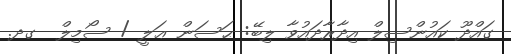
ގައްދޫ ކައުންސިލް އިދާރާދައުވާ ލިބޭ: ޙަސަން ޢަލީ / ސޯމިލް  ގދ.